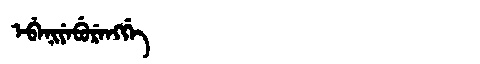
Manchu: ᡝᠪᡝᠨᡳᠶᡝᠪᡠᡵᡝᠩᡤᡝ
Romanization: EBENIYEBURENGGE